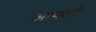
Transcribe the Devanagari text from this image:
आपसों